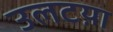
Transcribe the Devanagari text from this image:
उलटय़ा